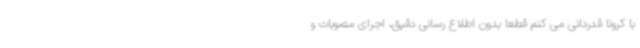
با کرونا قدردانی می کنم قطعا بدون اطلاع رسانی دقیق، اجرای مصوبات و